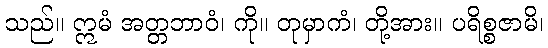
သည်။ ဣမံ အတ္တဘာဝံ၊ ကို။ တုမှာကံ၊ တို့အား။ ပရိစ္စဇာမိ၊